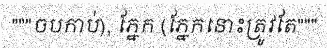
"""ចបកាប់), ភ្នែក (ភ្នែកនោះត្រូវតែ"""